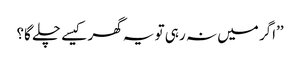
’’اگر میں نہ رہی تو یہ گھر کیسے چلے گا؟